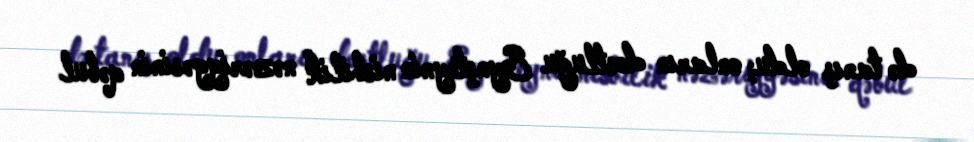
də tanış oldu; onların dostluğu Eynşteynin nisbilik nəzəriyyəsinin qəbul